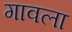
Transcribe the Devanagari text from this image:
गावला